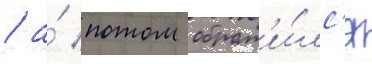
/ а́ потом обрат'и́лс'я